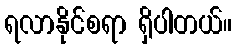
ရလာနိုင်စရာ ရှိပါတယ်။